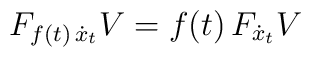
F_{f(t)\,\dot{x}_{t}}V=f(t)\,F_{\dot{x}_{t}}V